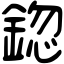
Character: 鍃